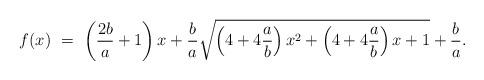
LaTeX: \begin{align*} f(x)\ =\ \left (\frac{2b}{a}+1 \right )x+\frac{b}{a}\sqrt{\left( 4+4\frac{a}{b}\right)x^{2}+\left( 4+4\frac{a}{b}\right)x+1} +\frac{b}{a}. \end{align*}